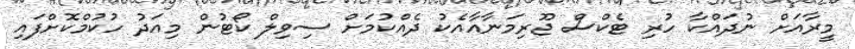
މީރާއަށް ނުދައްކާ ހުރި ޓެކްސް ޖޫރިމަނާއާއެކު ދެއްކުމަށް ސިވިލް ކޯޓުން މިއަދު ހުކުމްކޮށްފައި